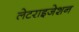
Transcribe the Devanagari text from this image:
लेटराइजेशन